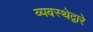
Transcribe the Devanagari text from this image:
व्यवस्थेद्वारे